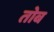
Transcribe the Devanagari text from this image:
तोब